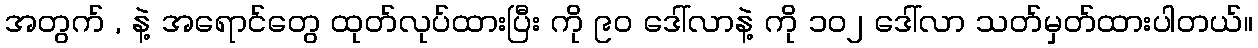
အတွက် , နဲ့ အရောင်တွေ ထုတ်လုပ်ထားပြီး ကို ၉၀ ဒေါ်လာနဲ့ ကို ၁၀၂ ဒေါ်လာ သတ်မှတ်ထားပါတယ်။